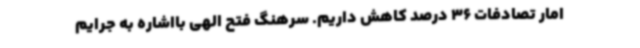
امار تصادفات 36 درصد کاهش داریم. سرهنگ فتح الهی بااشاره به جرایم